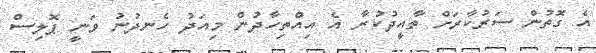
އެ ގޮތުން ސަރުކާރަށް ތާއީދުކުރާ އެ އިއްތިހާދުން މިއަދު ހެނދުނު ވަނީ ޕޮލިސް